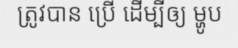
ត្រូវបាន ប្រើ ដើម្បីឲ្យ ម្ហូប